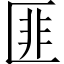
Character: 匪